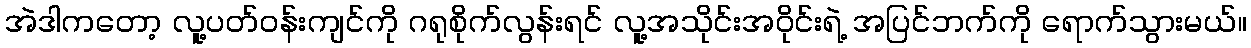
အဲဒါကတော့ လူ့ပတ်ဝန်းကျင်ကို ဂရုစိုက်လွန်းရင် လူ့အသိုင်းအဝိုင်းရဲ့ အပြင်ဘက်ကို ရောက်သွားမယ်။